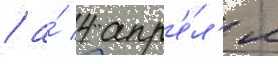
/ а́ 4 апр'е́л'я